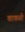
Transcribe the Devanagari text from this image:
काकळी